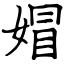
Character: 媢